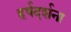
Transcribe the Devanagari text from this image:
हर्षदर्शना